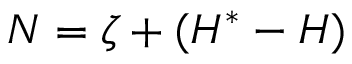
\begin{array} { r } { N = \zeta + ( H ^ { * } - H ) } \end{array}